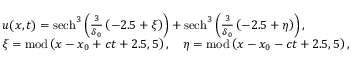
\begin{array} { r l } & { u ( x , t ) = \mathrm { s e c h } ^ { 3 } \left( \frac { 3 } { \delta _ { 0 } } \left( - 2 . 5 + \xi \right) \right) + \mathrm { s e c h } ^ { 3 } \left( \frac { 3 } { \delta _ { 0 } } \left( - 2 . 5 + \eta \right) \right) , } \\ & { \xi = \mathrm { m o d } \left( x - x _ { 0 } + c t + 2 . 5 , 5 \right) , \quad \eta = \mathrm { m o d } \left( x - x _ { 0 } - c t + 2 . 5 , 5 \right) , } \end{array}